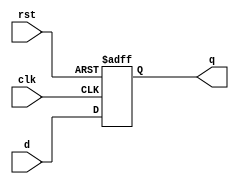
`timescale 1ns / 1ps
module dff (input d,  input rst,  input clk, output reg q);  
  
   always @(posedge clk or posedge rst) begin

      if (rst) q <= 1'b0;
      else q <= d;

   end

endmodule